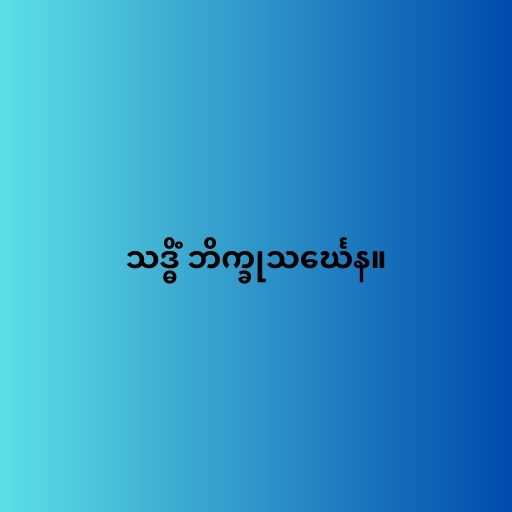
သဒ္ဓိံ ဘိက္ခုသင်္ဃေန။